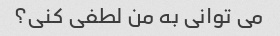
می توانی به من لطفی کنی؟